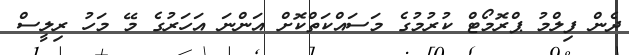
ދެން ފިލްމު ޕްރޮމޯޓް ކުރުމުގެ މަސައްކަތްކޮށް އަންނަ އަހަރުގެ މޭ މަހު ރިލީސް